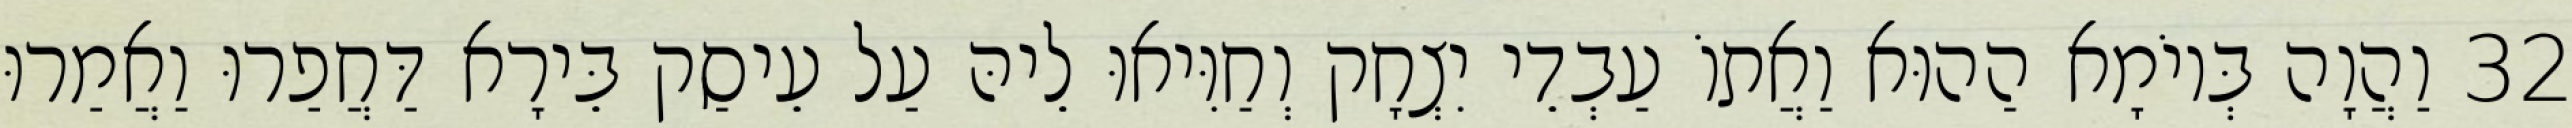
32 וַהֲוָה בְּיוֹמָא הַהוּא וַאֲתוֹ עַבְדֵי יִצְחָק וְחַוִּיאוּ לֵיהּ עַל עֵיסַק בֵּירָא דַּחֲפַרוּ וַאֲמַרוּ